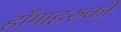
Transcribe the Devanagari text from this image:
हाँगाहरुको